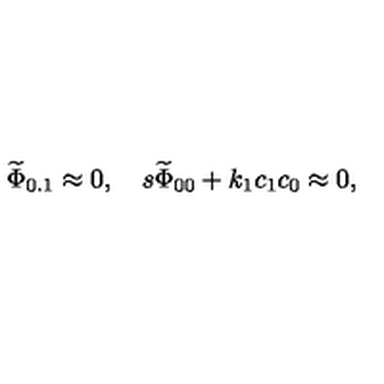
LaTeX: { \widetilde \Phi } _ { 0 . 1 } \approx 0 , \quad s { \widetilde \Phi } _ { 0 0 } + k _ { 1 } c _ { 1 } c _ { 0 } \approx 0 ,